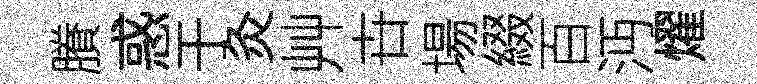
賸惑于灸艸卋場綴百沔燿